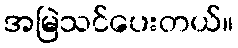
အမြဲသင်ပေးတယ်။